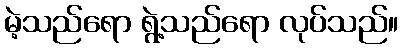
မဲ့သည်ရော ရွဲ့သည်ရော လုပ်သည်။